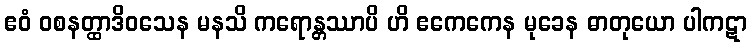
ဧဝံ ဝစနတ္ထာဒိဝသေန မနသိ ကရောန္တဿာပိ ဟိ ဧကေကေန မုခေန ဓာတုယော ပါကဋာ